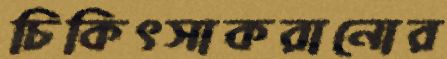
চিকিৎসাকরানোর